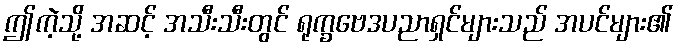
ဤကဲ့သို့ အဆင့် အသီးသီးတွင် ရုက္ခဗေဒပညာရှင်များသည် အပင်များ၏